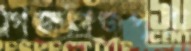
গিজগিজপুরী